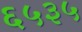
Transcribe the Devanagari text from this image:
६५३५